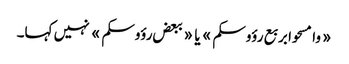
«وامسحوا بربع رؤوسکم» یا «ببعض رؤوسکم» نہیں کہا۔